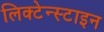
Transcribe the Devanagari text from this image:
लिक्टेन्स्टाइन